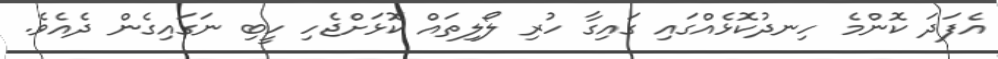
އެފަދަ ކޮންމެ ހިނދުކޮޅެއްގައި ގައިގާ ހުރި ލޯލިތައް ކޮޅަށްޖެހި ހީބި ނަގައިގެން ދެއެވެ.